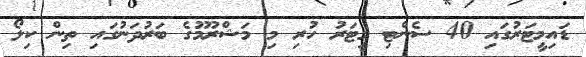
ޑައިމީޓަރުގައި 40 ސެންޓި މީޓަރު ހުރި މި މަޝްރޫމުގެ ބަރުދަނުގައި ތިން ކިލޯ